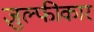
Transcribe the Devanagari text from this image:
ज़ुल्फीकार